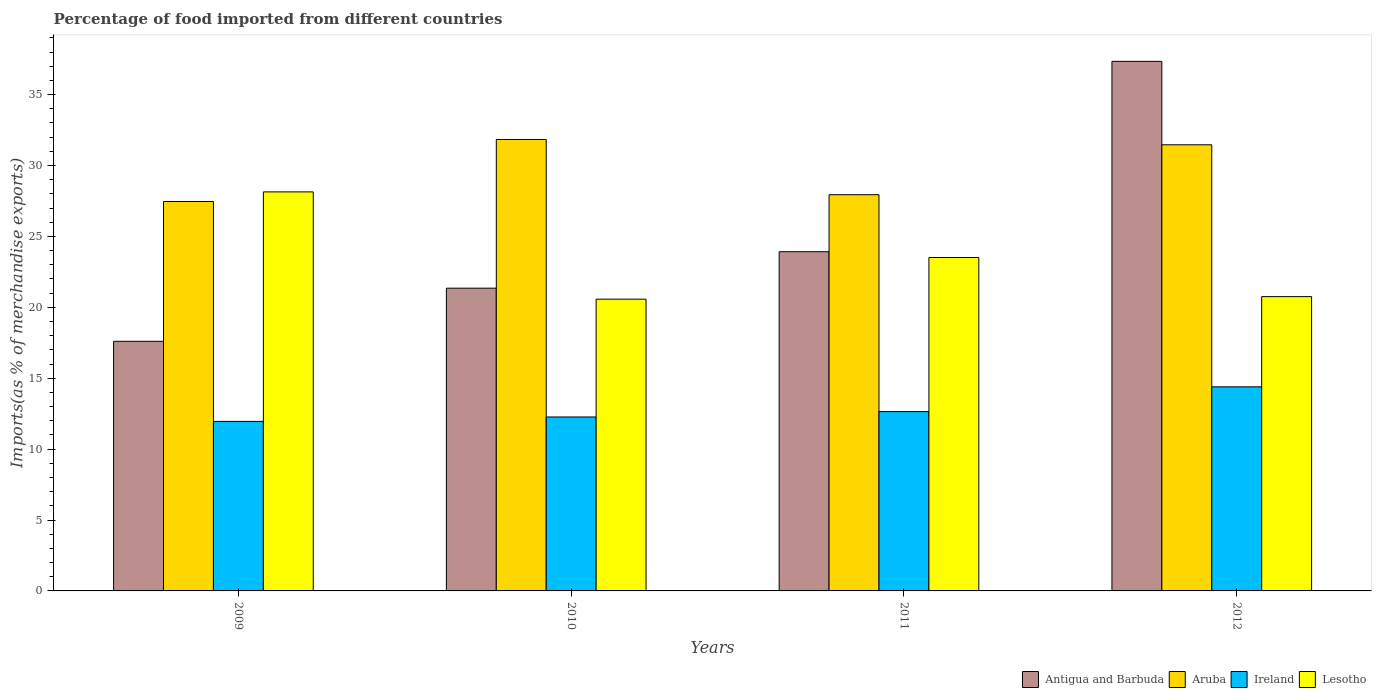
| Years | Antigua and Barbuda | Aruba | Ireland | Lesotho |
 | --- | --- | --- | --- | --- |
 | 2009 | 17.6 | 27.5 | 12 | 28.1 |
 | 2010 | 21.3 | 31.8 | 12.3 | 20.6 |
 | 2011 | 23.9 | 27.9 | 12.6 | 23.5 |
 | 2012 | 37.3 | 31.5 | 14.4 | 20.8 |